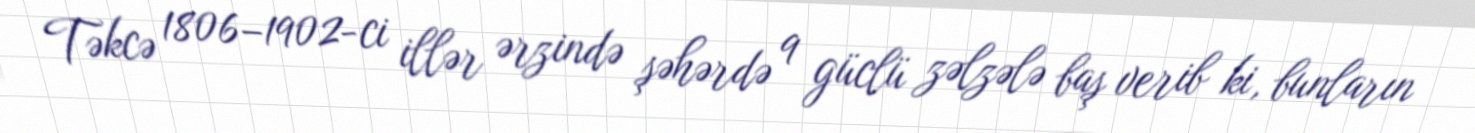
Təkcə 1806–1902-ci illər ərzində şəhərdə 9 güclü zəlzələ baş verib ki, bunların